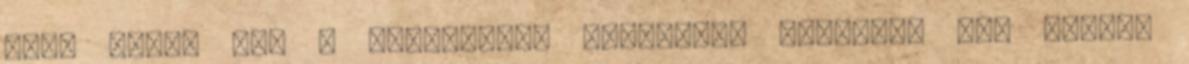
mint ahogy azt a jobboldali mitológia állítja? Nem éppen.